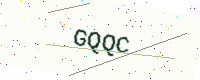
Text: GQQC